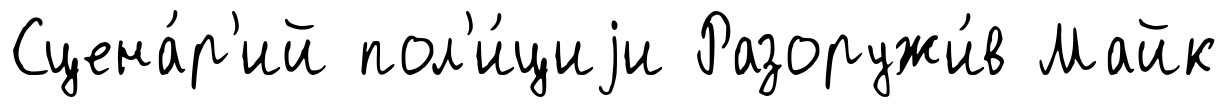
Сцена́р'ий пол'и́циjи Разоружи́в Майк